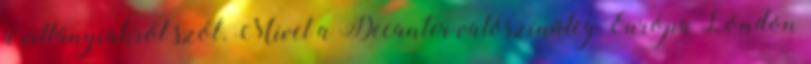
a villányiakról szól. Mivel a Decanter valószínűleg Európa London